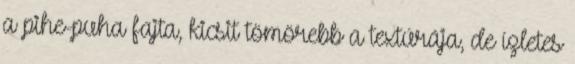
a pihe-puha fajta, kicsit tömörebb a textúrája, de ízletes